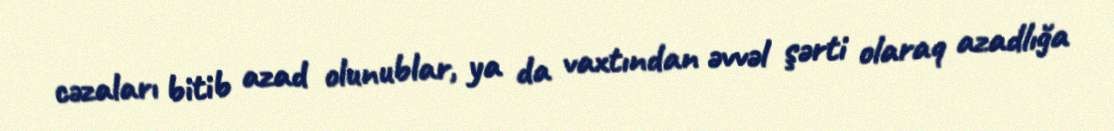
cəzaları bitib azad olunublar, ya da vaxtından əvvəl şərti olaraq azadlığa